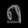
Digit: ၈